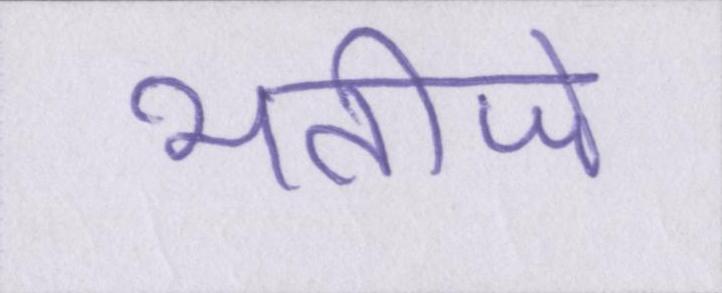
भतीजे